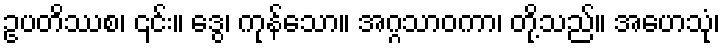
ဥပတိဿစ၊ ၎င်း။ ဒွေ၊ ကုန်သော။ အဂ္ဂသာဝကာ၊ တို့သည်။ အဟေသုံ၊